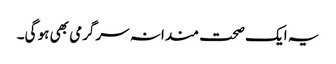
یہ ایک صحت مندانہ سرگرمی بھی ہو گی۔